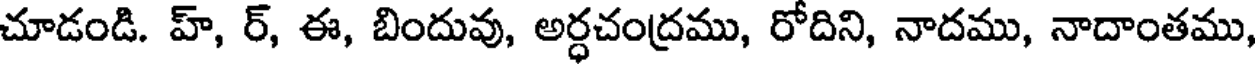
చూడండి. హ్, ర్, ఈ, బిందువు, అర్ధచంద్రము, రోదిని, నాదము, నాదాంతము,